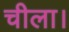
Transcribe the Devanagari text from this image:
चीला।